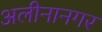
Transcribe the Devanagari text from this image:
अलीनानगर